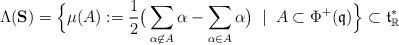
LaTeX: \begin{align*}\Lambda({\bf S})=\Big\{\mu(A):=\frac{1}{2}\big(\sum_{\alpha\not\in A}\alpha-\sum_{\alpha\in A}\alpha\big)\;\mid\;A\subset\Phi^+({\mathfrak q})\Big\}\subset\mathfrak{t}_{\mathbb R}^*\end{align*}